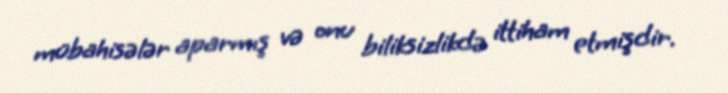
mübahisələr aparmış və onu biliksizlikdə ittiham etmişdir.